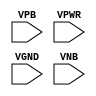
module sky130_fd_sc_ls__tapvpwrvgnd (
    //# {{power|Power}}
    input VPB ,
    input VPWR,
    input VGND,
    input VNB
);
endmodule